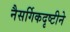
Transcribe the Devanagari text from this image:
नैसर्गिकदृष्टीने